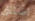
اشتاق